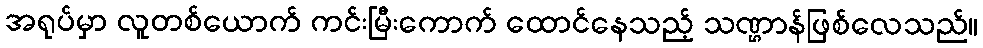
အရုပ်မှာ လူတစ်ယောက် ကင်းမြီးကောက် ထောင်နေသည့် သဏ္ဌာန်ဖြစ်လေသည်။